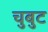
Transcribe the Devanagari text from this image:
चुबुट